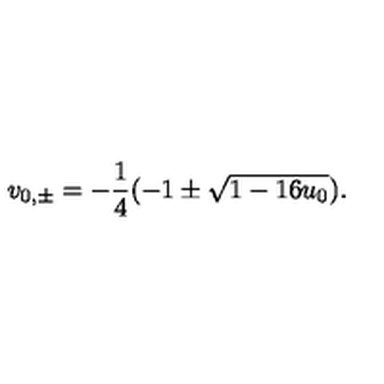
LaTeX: v _ { 0 , \pm } = - \frac { 1 } { 4 } ( - 1 \pm \sqrt { 1 - 1 6 u _ { 0 } } ) .